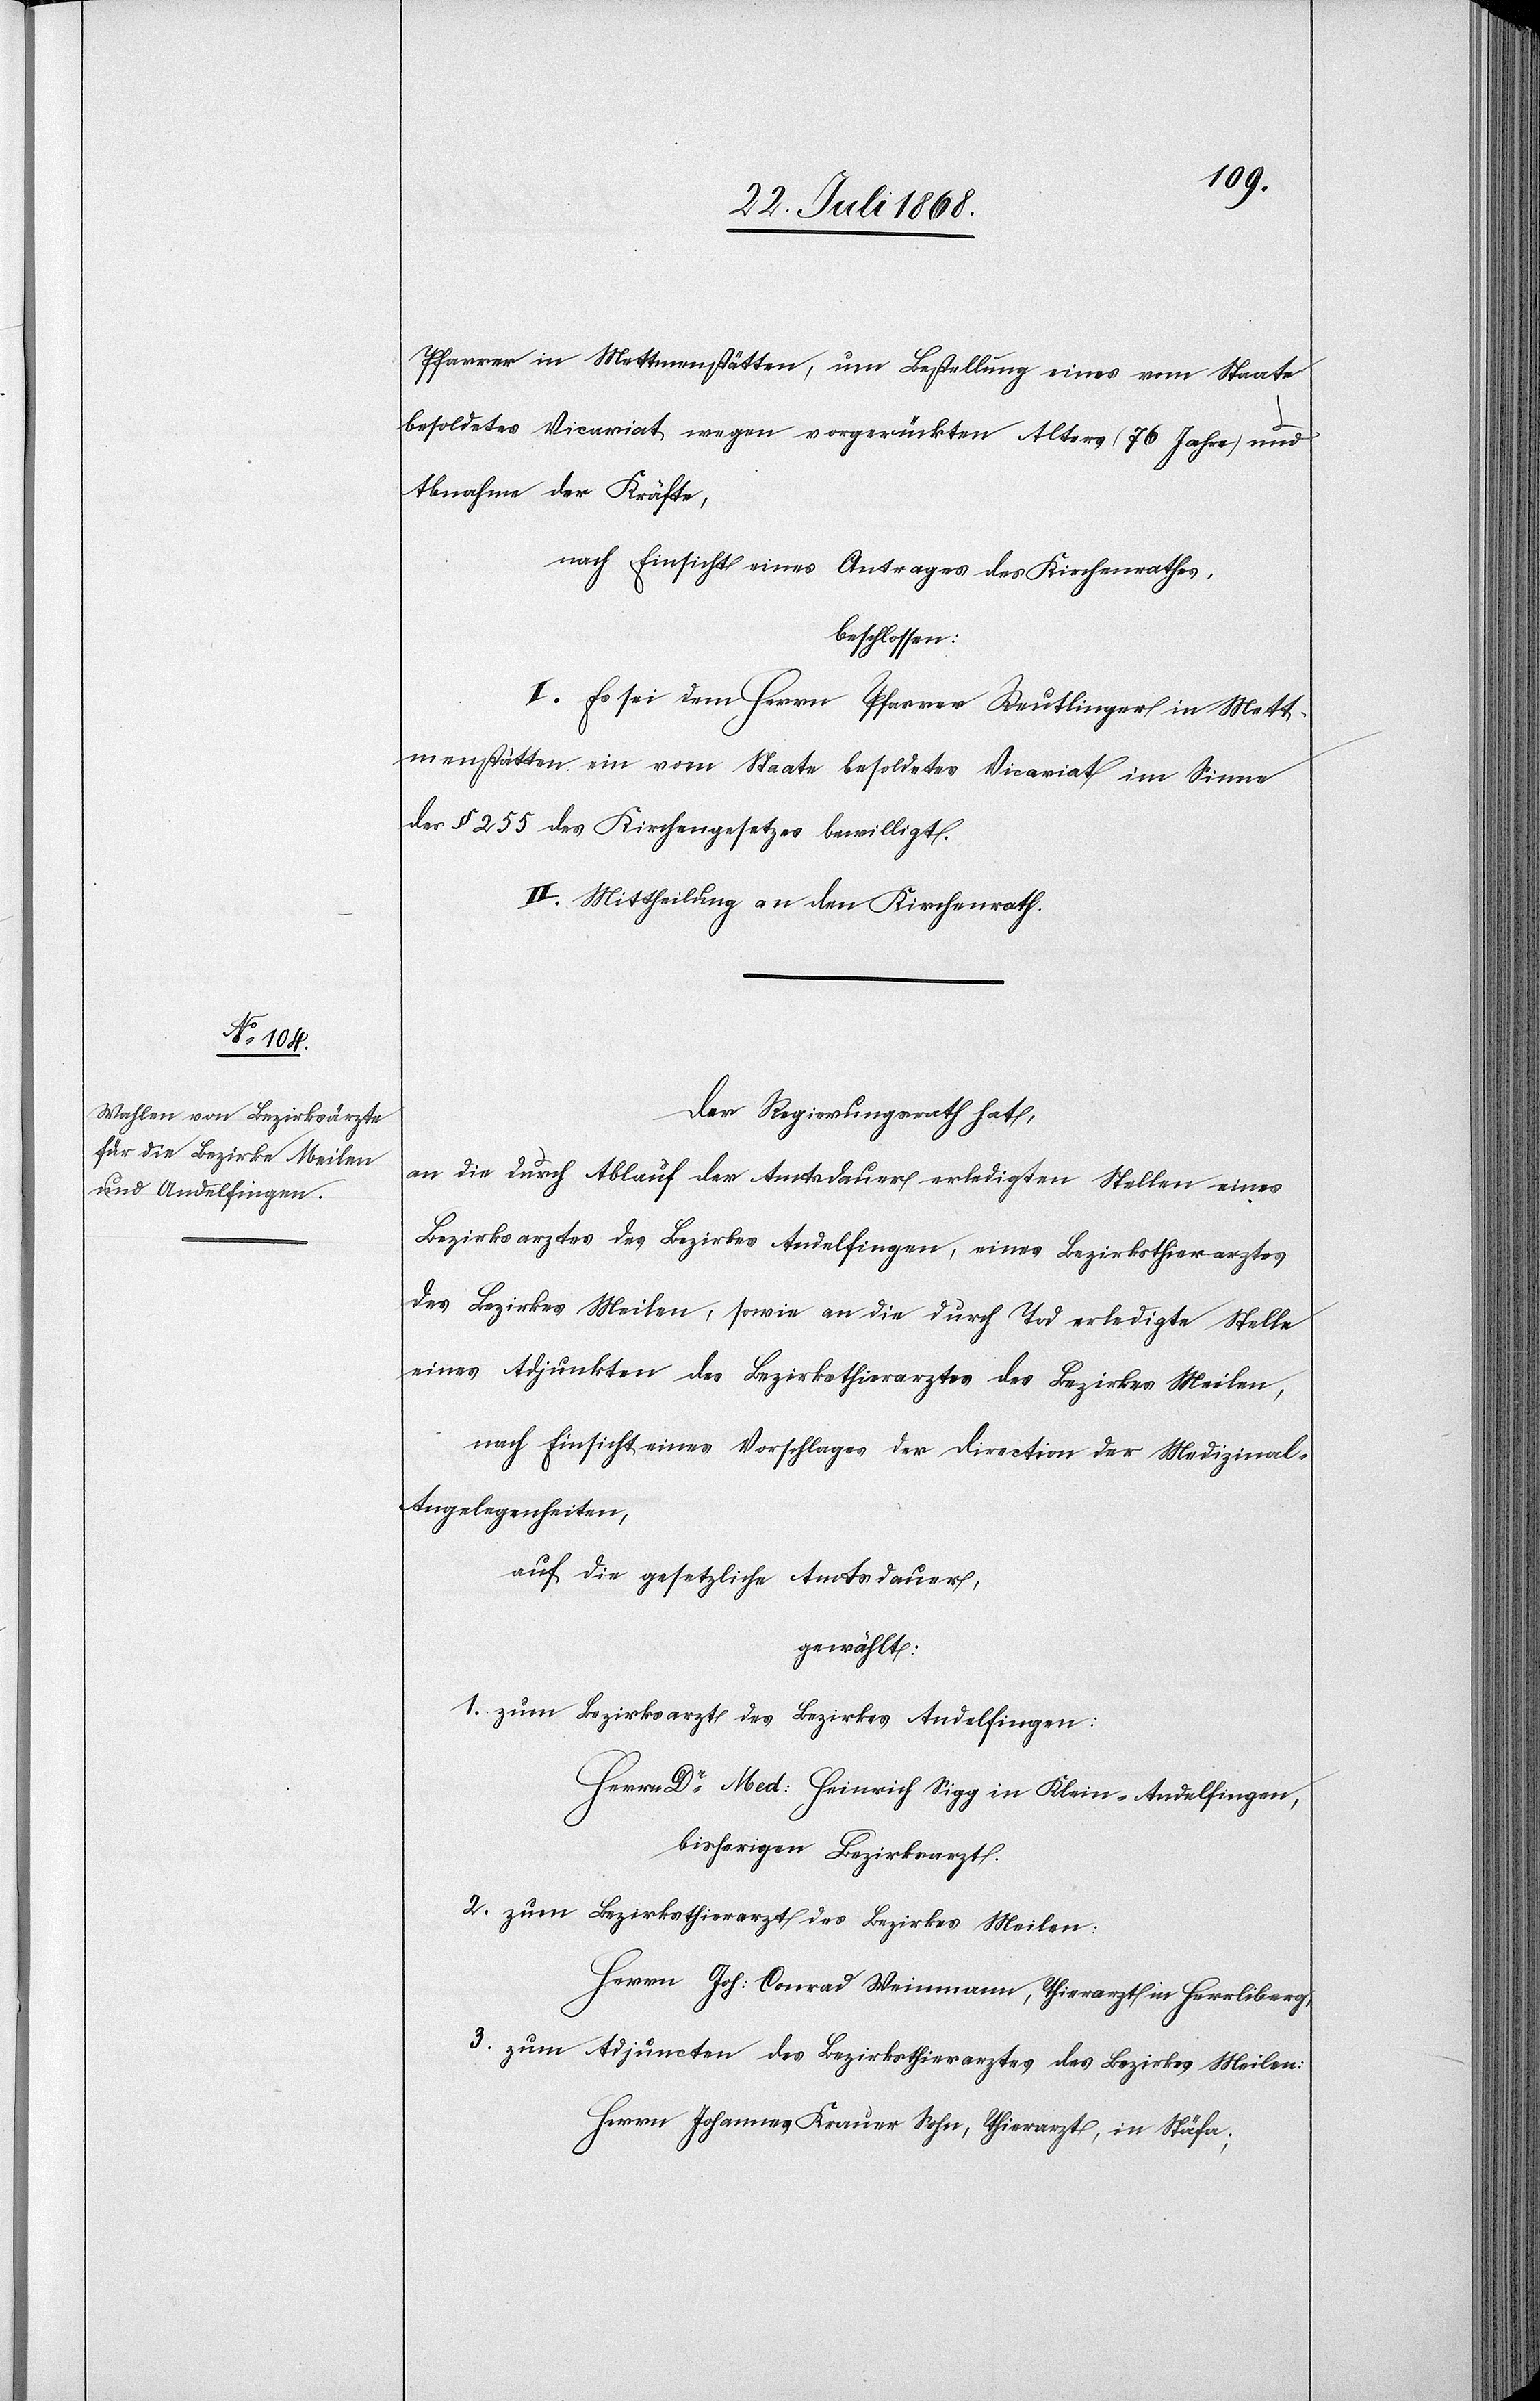
Pfarrer in Mettmenstätten, um Bestellung eines vom Staate
besoldetes Vicariat wegen vorgerückten Alters (76 Jahre) und
Abnahme der Kräfte,
nach Einsicht eines Antrages des Kirchenrathes,
beschlossen:
I. Es sei dem Herrn Pfarrer Reutlinger in Mett¬
menstätten ein vom Staate besoldetes Vicariat im Sinne
des § 255 des Kirchengesetzes bewilligt.
II. Mittheilung an den Kirchenrath.
Der Regierungsrath hat,
an die durch Ablauf der Amtsdauer erledigten Stellen eines
Bezirksarztes des Bezirkes Andelfingen, eines Bezirksthierarztes
des Bezirkes Meilen, sowie an die durch Tod erledigte Stelle
eines Adjunkten des Bezirksthierarztes des Bezirkes Meilen,
nach Einsicht eines Vorschlages der Direction der Medizinal-A¬
ngelegenheiten,
auf die gesetzliche Amtsdauer
gewählt:
zum Bezirksarzt des Bezirkes Andelfingen:
Herrn Dr Med: Heinrich Sigg in Klein-Andelfingen,
bisherigen Bezirksarzt.
zum Bezirksthierarzt des Bezirkes Meilen:
Herrn Joh: Conrad Weinmann, Thierarzt in Herrliberg,
zum Adjuncten des Bezirksthierarztes des Bezirkes Meilen:
Herrn Johannes Krauer Sohn, Thierarzt, in Stäfa;